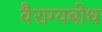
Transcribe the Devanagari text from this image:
वैराग्यबोध